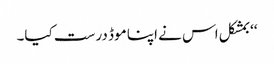
‘‘ بمشکل اس نے اپنا موڈ درست کیا۔